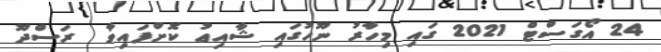
24 އޯގަސްޓް 2021 ގައި މިހާރު ނޫހުގައި ޝާއިޢު ކޮށްފައިވާ  ރަސްދޫ